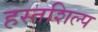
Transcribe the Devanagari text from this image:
हस्तशिल्‍प